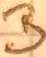
Text: B